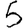
Digit: 5